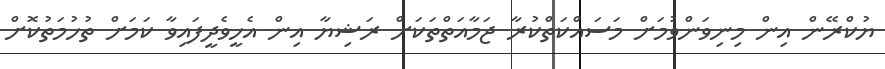
ޔުކްރޭން އިން މިނިވަންވުމަށް މަސައްކަތްކުރާ ޖަމާއަތްތަކަށް ރަޝިޔާ އިން އެހީވެދީފައިވާ ކަމަށް ތުހުމަތުކޮށް